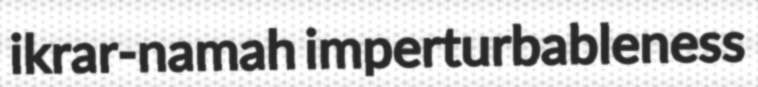
ikrar-namah imperturbableness